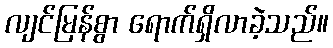
လျင်မြန်စွာ ရောက်ရှိလာခဲ့သည်။